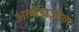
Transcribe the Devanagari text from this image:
अल्बेंडाज़ोल